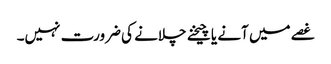
غصے میں آنے یا چیخنے چلانے کی ضرورت نہیں۔